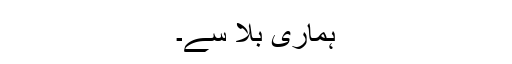
ہماری بلا سے۔